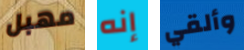
مهبل إنه وألقي